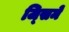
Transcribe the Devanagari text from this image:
ज्सिमें